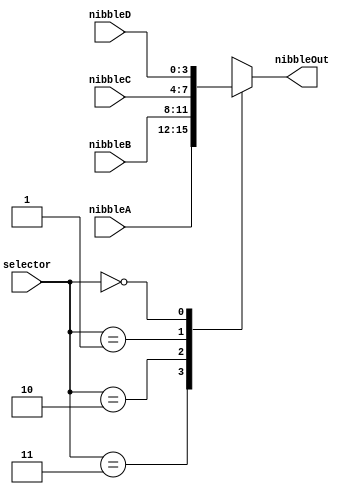
`timescale 1ns / 1ps
////////////////////////////////////////////////////////////////////////////////
// Module Name: Multiplexer - 4 Bit, 4 Input
//
// Description: Selects between four individual input signals.
////////////////////////////////////////////////////////////////////////////////


module Mux4Bit4Input (
    // Inputs
    input [1:0] selector,
    input [3:0] nibbleA,
    input [3:0] nibbleB,
    input [3:0] nibbleC,
    input [3:0] nibbleD,
    // Outputs
    output reg [3:0] nibbleOut
    );

    always @(*) begin
        case(selector)
            2'b11: nibbleOut = nibbleA;
            2'b10: nibbleOut = nibbleB;
            2'b01: nibbleOut = nibbleC;
            2'b00: nibbleOut = nibbleD;
        endcase
    end
endmodule